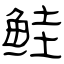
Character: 鲑